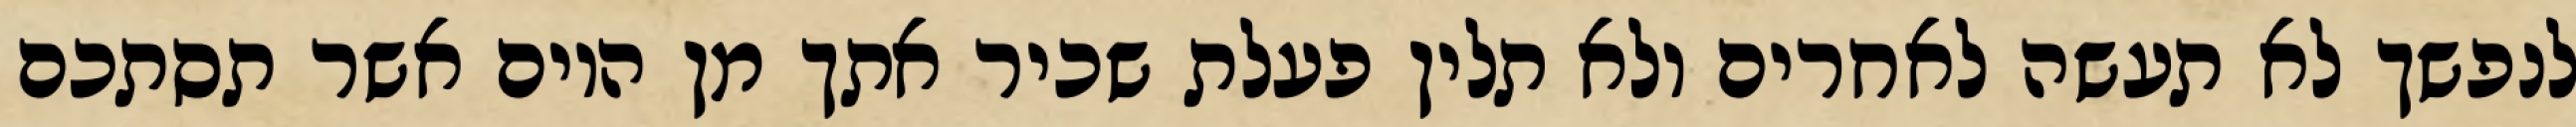
לנפשך לא תעשה לאחרים ולא תלין פעלת שכיר אתך מן היום אשר תסתכם